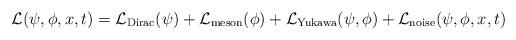
LaTeX: \begin{align*} \mathcal L(\psi, \phi, x, t) = \mathcal L_{\mathrm{Dirac}}(\psi) + \mathcal L_{\mathrm{meson}}(\phi) + \mathcal L_{\mathrm{Yukawa}}(\psi,\phi) + \mathcal L_{\mathrm{noise}}(\psi, \phi, x, t)\end{align*}